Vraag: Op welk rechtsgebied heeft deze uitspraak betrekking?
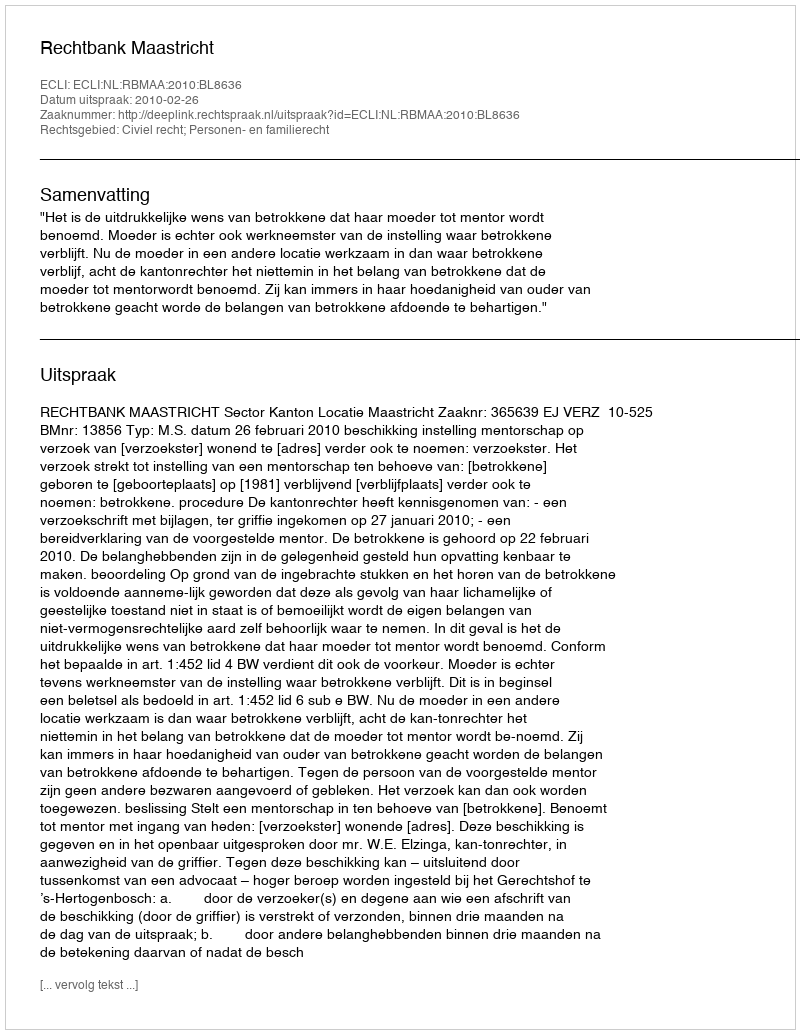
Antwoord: Civiel recht; Personen- en familierecht